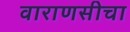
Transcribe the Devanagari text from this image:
वाराणसीचा